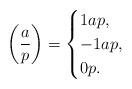
LaTeX: \begin{align*}\left( \frac{a}{p} \right) = \begin{cases} 1 a p, \\ -1 a p, \\ 0 p. \ \end{cases}\end{align*}